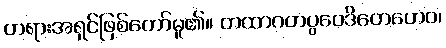
တရားအရှင်ဖြစ်တော်မူ၏။ တထာဂတပ္ပဝေဒိတေဟေဝ၊